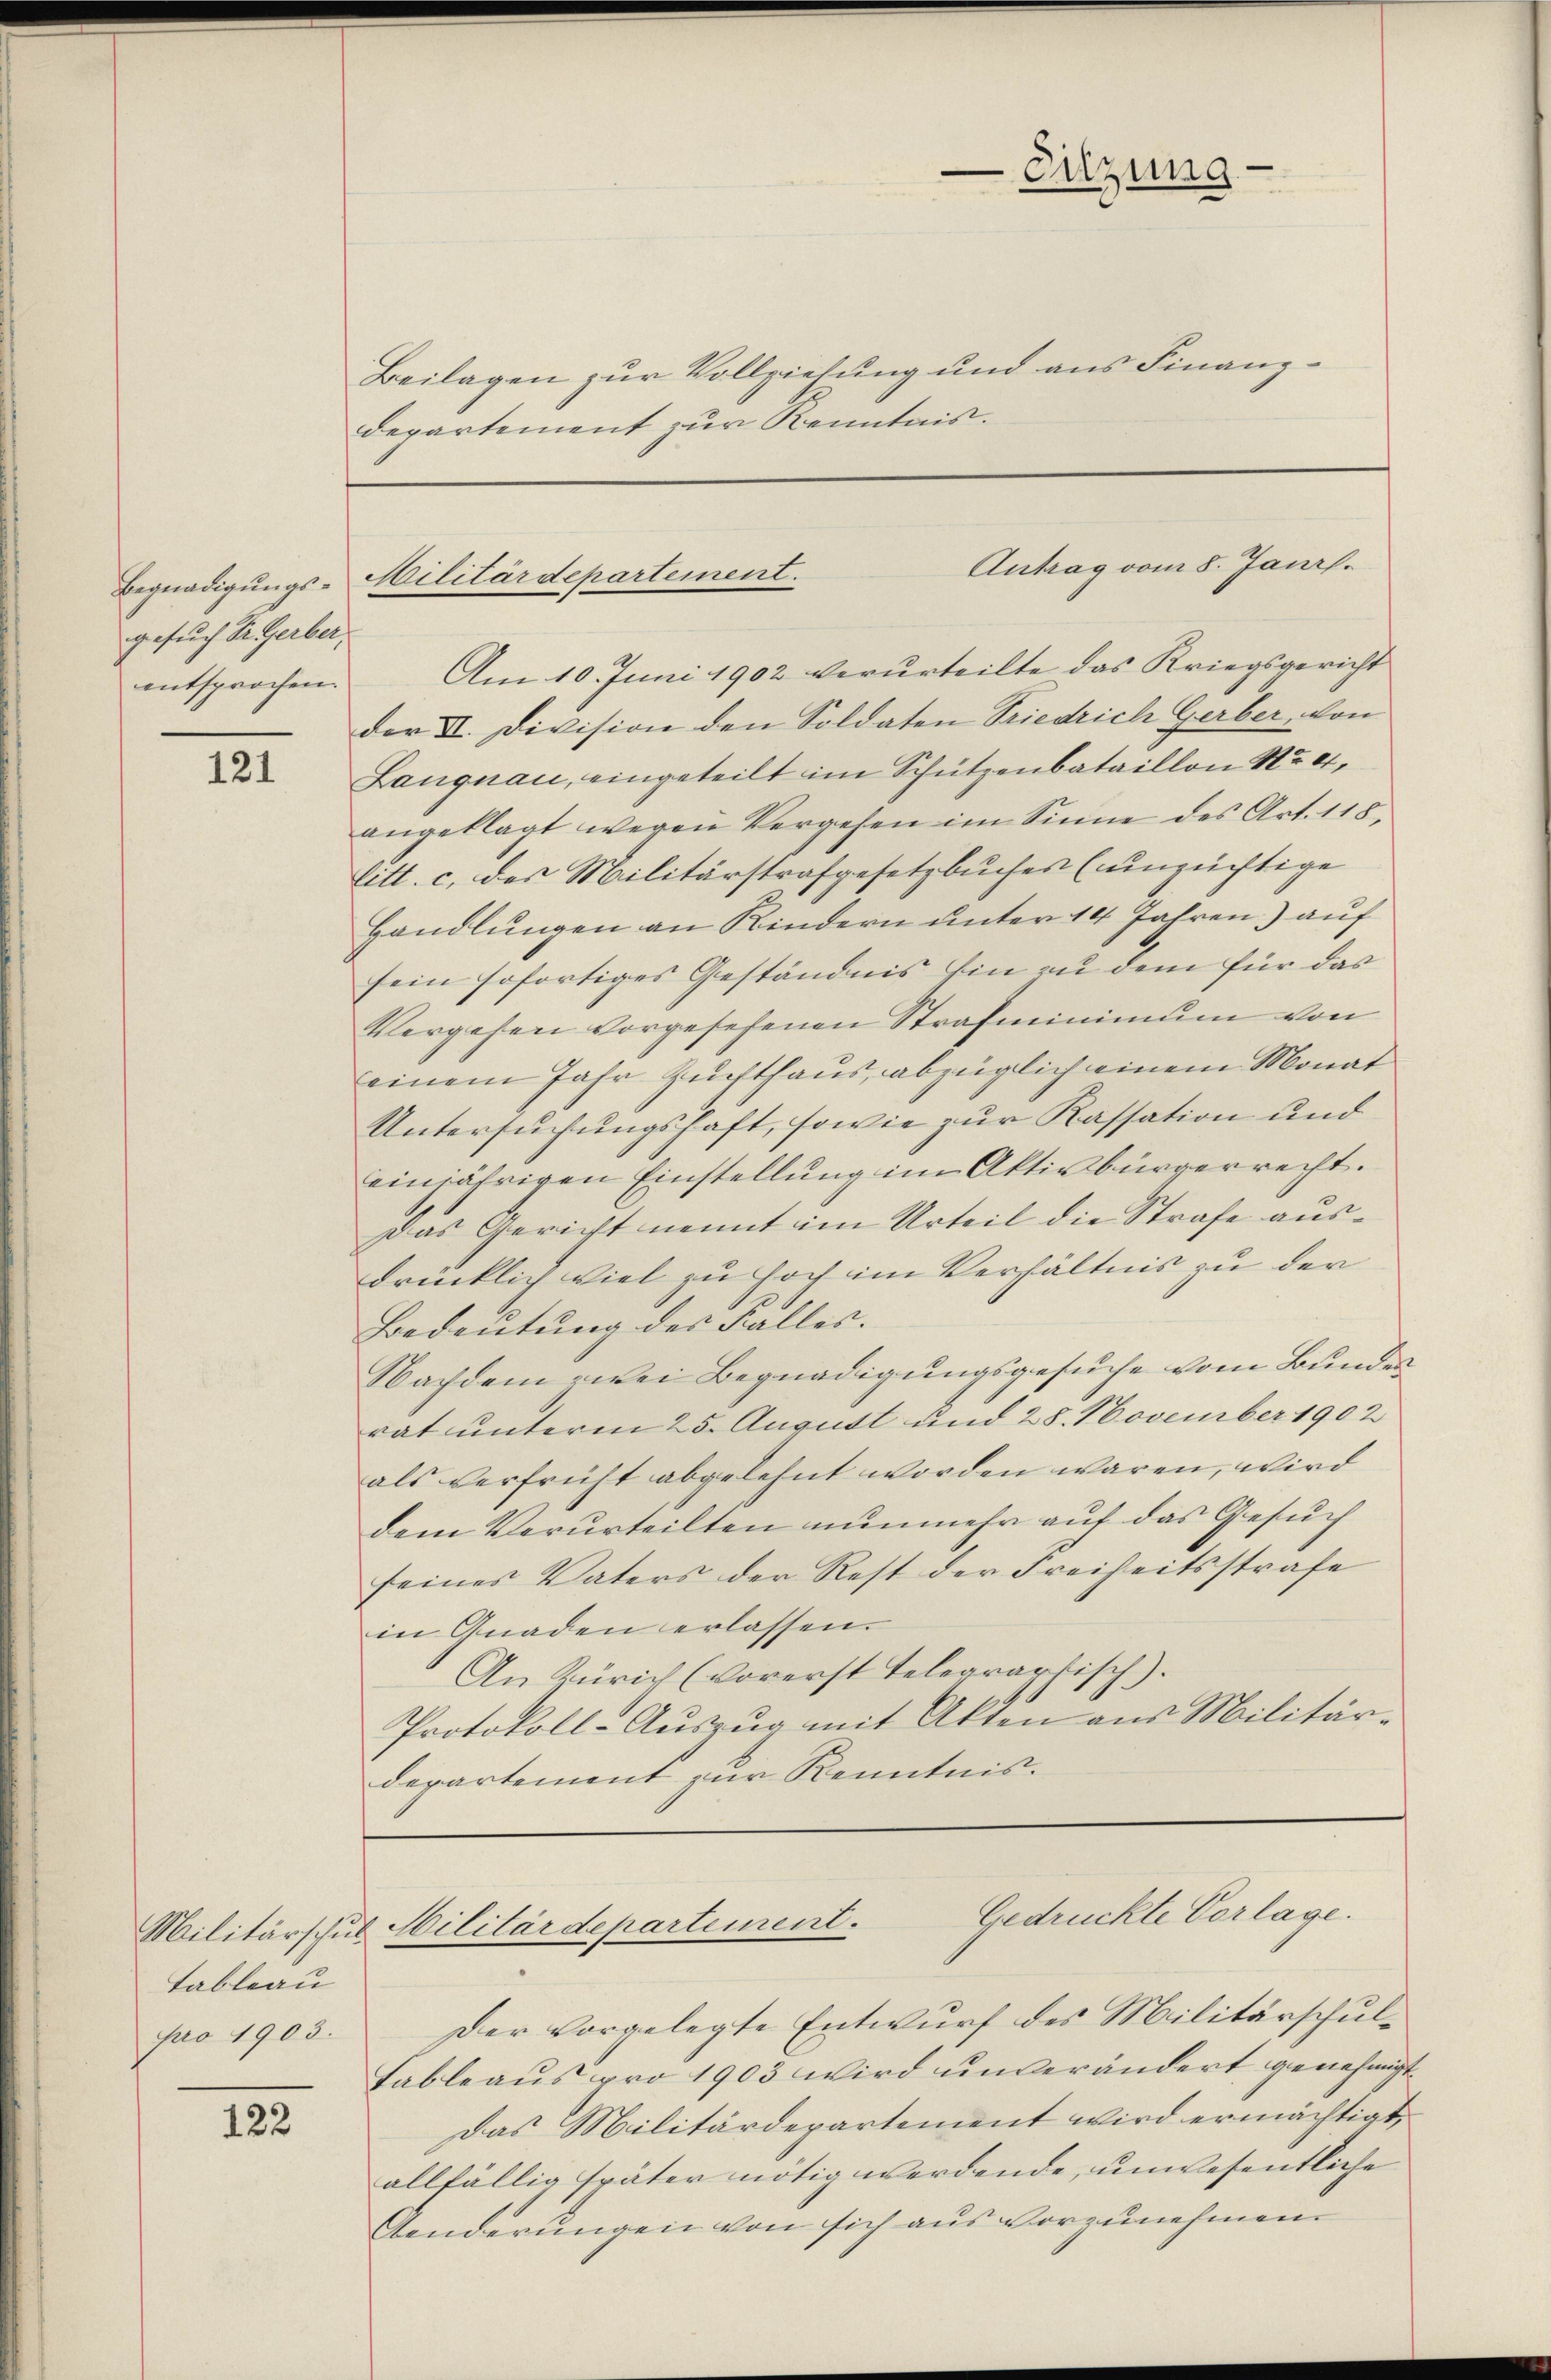
gesuch Si. Gerber,

121

Tableau
pro 1903.

122

Beilagen zur Vollziehung und aus Finanzdepartement zur Kenntnis.

Sitzung

entsprochen. Am 10. Juni 1902 verurteilte das Kriegsgericht
der II. Division den Soldaten Friedrich Gerber, von
Langnau, eingeteilt im Schützenbataillon Nr 4,
angeklagt wegen Vergehen im Sinne des Art. 118,
litt. c. des Militärstrafgesetzbuches (unzüchtige
Handlungen an Kindern unter 14 Jahren) auf
sein sofortiges Geständnis hin zu dem für das
Vergehen vorgesehenen Strafminimum von
einem Jahr Zuchthaus, abzüglich einem Monat
Untersuchungshaft, sowie zur Kassation und
einjährigen Einstellung im Aktivbürgerrecht.
Das Gericht nennt im Urteil die Strafe ausdrücklich viel zu hoch im Verhältnis zu der
Bedeutung des Falles.
Nachdem zwei Begnadigungsgesuche vom Bunden
rat unterm 25. August und 28. November 1902
als verfrüht abgelehnt worden wären, wird
dem Verurteilten nunmehr auf das Gesuch
seines Vaters der Rest der Freiheitsstrafe
in Gnaden erlassen.
An Zürich (vorerst Telegrartisch).
1
Protokoll-Auszug mit Akten aus Militär-
departement zur Kenntnis.

Antrag vom 8. Janr.
Begnadigungs-Militärdepartement.

Gedrückte Verlage.
Militärschul Militärdepartement.

Der vorgelegte Entwurf des Militärschul¬
Fableaus pro 1903 wird unverändert genehmigt
Das Militärdepartement wird ermächtigt,
allfällig später nötig werdende, unwesentliche
Aenderungen von sich aus vorzunehmen.